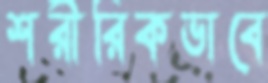
শরীরিকভাবে